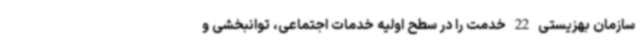
سازمان بهزیستی 22 خدمت را در سطح اولیه خدمات اجتماعی، توانبخشی و